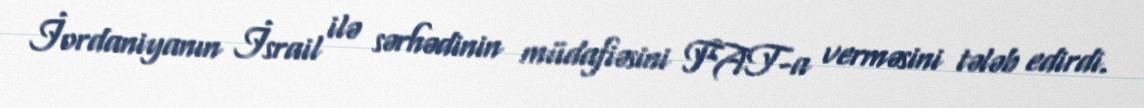
İordaniyanın İsrail ilə sərhədinin müdafiəsini FAT-a verməsini tələb edirdi.